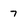
Character: 7